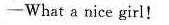
-What a nice girl!